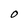
Character: O